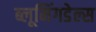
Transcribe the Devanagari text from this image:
ब्लूमिंगडेल्स